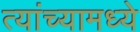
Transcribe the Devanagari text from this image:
त्‍यांच्‍यामध्‍ये